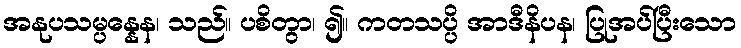
အနုပသမ္ပန္နေန၊ သည်။ ပစိတွာ၊ ၍။ ကတသပ္ပိ အာဒီနိပန၊ ပြုအပ်ပြီးသော